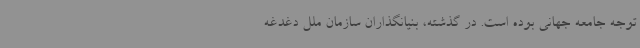
توجه جامعه جهانی بوده است. در گذشته، بنیانگذاران سازمان ملل دغدغه